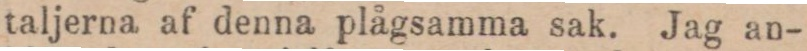
taljerna af denna plågsamma sak. Jag an-